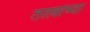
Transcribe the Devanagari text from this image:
तत्‍त्वांच्या